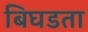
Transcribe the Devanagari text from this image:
बिघडता